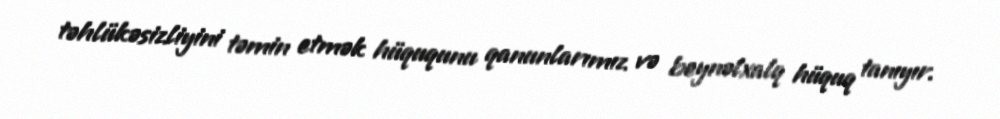
təhlükəsizliyini təmin etmək hüququnu qanunlarımız və beynəlxalq hüquq tanıyır.